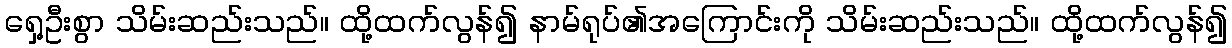
ရှေ့ဦးစွာ သိမ်းဆည်းသည်။ ထို့ထက်လွန်၍ နာမ်ရုပ်၏အကြောင်းကို သိမ်းဆည်းသည်။ ထို့ထက်လွန်၍